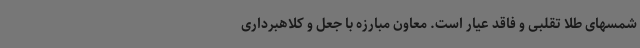
شمسهای طلا تقلبی و فاقد عیار است. معاون مبارزه با جعل و کلاهبرداری